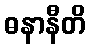
ဓနာနီတိ